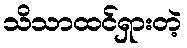
သိသာထင်ရှားတဲ့